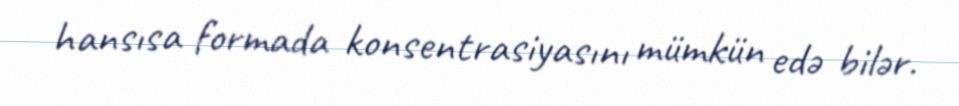
hansısa formada konsentrasiyasını mümkün edə bilər.